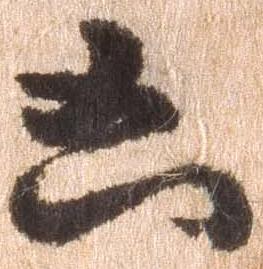
凶